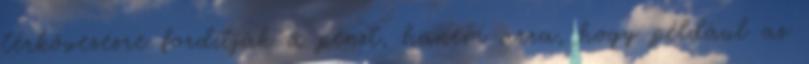
térkövezésre fordítják a pénzt, hanem arra, hogy például az